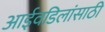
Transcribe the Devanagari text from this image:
आईवडिलांसाठी